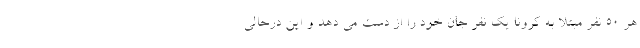
هر ۵۰ نفر مبتلا به کرونا یک نفر جان خود را از دست می دهد و این درحالی